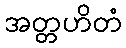
အတ္တဟိတံ